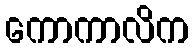
ကောကာလိက